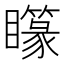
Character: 𥌫